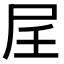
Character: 𪨋